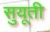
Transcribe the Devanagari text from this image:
सुयूती